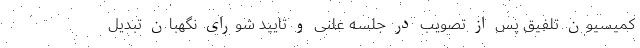
کمیسیون تلفیق پس از تصویب در جلسه علنی و تایید شورای نگهبان تبدیل